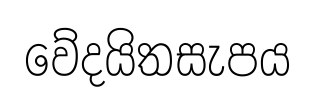
වේදයිතසැපය